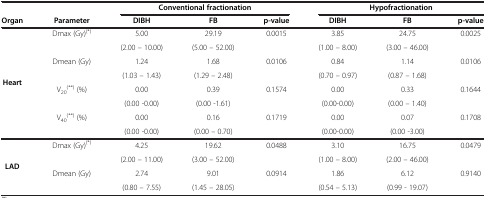
<table><thead><tr><td><b> </b></td><td><b> </b></td><td colspan="3"><b>Conventional fractionation</b></td><td colspan="3"><b>Hypofractionation</b></td></tr><tr><td><b>Organ</b></td><td><b>Parameter</b></td><td><b>DIBH</b></td><td><b>FB</b></td><td><b>p-value</b></td><td><b>DIBH</b></td><td><b>FB</b></td><td><b>p-value</b></td></tr></thead><tbody><tr><td rowspan="8"><b>Heart</b></td><td rowspan="2">Dmax (Gy)<sup>(*)</sup></td><td>5.00</td><td>29.19</td><td rowspan="2">0.0015</td><td>3.85</td><td>24.75</td><td rowspan="2">0.0025</td></tr><tr><td>(2.00 – 10.00)</td><td>(5.00 – 52.00)</td><td>(1.00 – 8.00)</td><td>(3.00 – 46.00)</td></tr><tr><td rowspan="2">Dmean (Gy)</td><td>1.24</td><td>1.68</td><td rowspan="2">0.0106</td><td>0.84</td><td>1.14</td><td rowspan="2">0.0106</td></tr><tr><td>(1.03 – 1.43)</td><td>(1.29 – 2.48)</td><td>(0.70 – 0.97)</td><td>(0.87 – 1.68)</td></tr><tr><td rowspan="2">V<sub>20</sub><sup>(**)</sup> (%)</td><td>0.00</td><td>0.39</td><td rowspan="2">0.1574</td><td>0.00</td><td>0.33</td><td rowspan="2">0.1644</td></tr><tr><td>(0.00 -0.00)</td><td>(0.00 -1.61)</td><td>(0.00-0.00)</td><td>(0.00 – 1.40)</td></tr><tr><td rowspan="2">V<sub>40</sub><sup>(**)</sup> (%)</td><td>0.00</td><td>0.16</td><td rowspan="2">0.1719</td><td>0.00</td><td>0.07</td><td rowspan="2">0.1708</td></tr><tr><td>(0.00 -0.00)</td><td>(0.00 – 0.70)</td><td>(0.00-0.00)</td><td>(0.00 -3.00)</td></tr><tr><td rowspan="4"><b>LAD</b></td><td rowspan="2">Dmax (Gy)<sup>(*)</sup></td><td>4.25</td><td>19.62</td><td rowspan="2">0.0488</td><td>3.10</td><td>16.75</td><td rowspan="2">0.0479</td></tr><tr><td>(2.00 – 11.00)</td><td>(3.00 – 52.00)</td><td>(1.00 – 8.00)</td><td>(2.00 – 46.00)</td></tr><tr><td rowspan="2">Dmean (Gy)</td><td>2.74</td><td>9.01</td><td rowspan="2">0.0914</td><td>1.86</td><td>6.12</td><td rowspan="2">0.9140</td></tr><tr><td>(0.80 – 7.55)</td><td>(1.45 – 28.05)</td><td>(0.54 – 5.13)</td><td>(0.99 - 19.07)</td></tr></tbody></table>